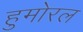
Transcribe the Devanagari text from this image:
हुमोरल